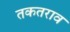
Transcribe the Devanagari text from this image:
तकतराव